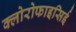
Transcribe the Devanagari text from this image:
क्लोरोफाइसिई